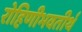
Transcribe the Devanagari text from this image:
रोहिणीभवतीर्थ